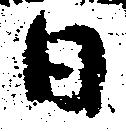
日